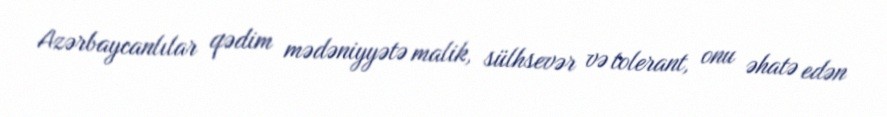
Azərbaycanlılar qədim mədəniyyətə malik, sülhsevər və tolerant, onu əhatə edən